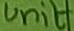
Text: Unit